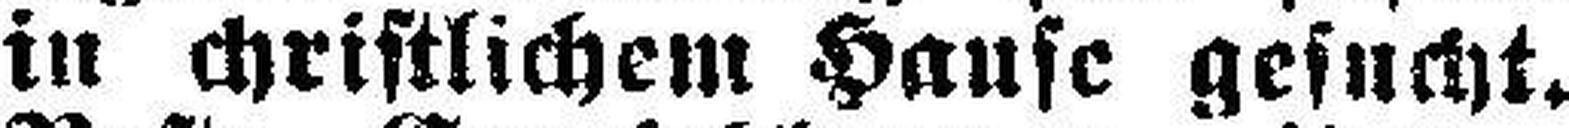
in christlichem Hause gesucht.